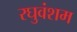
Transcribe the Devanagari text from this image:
रघुवंशम